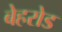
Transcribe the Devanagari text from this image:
बेहरोड